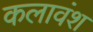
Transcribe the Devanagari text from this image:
कलावंश